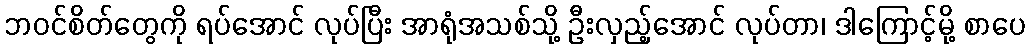
ဘဝင်စိတ်တွေကို ရပ်အောင် လုပ်ပြီး အာရုံအသစ်သို့ ဦးလှည့်အောင် လုပ်တာ၊ ဒါကြောင့်မို့ စာပေ